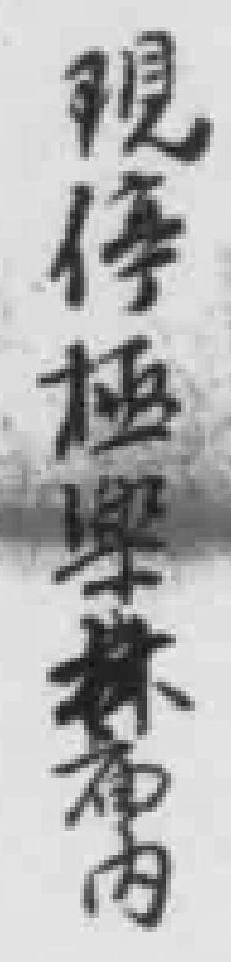
現停極學林庙內